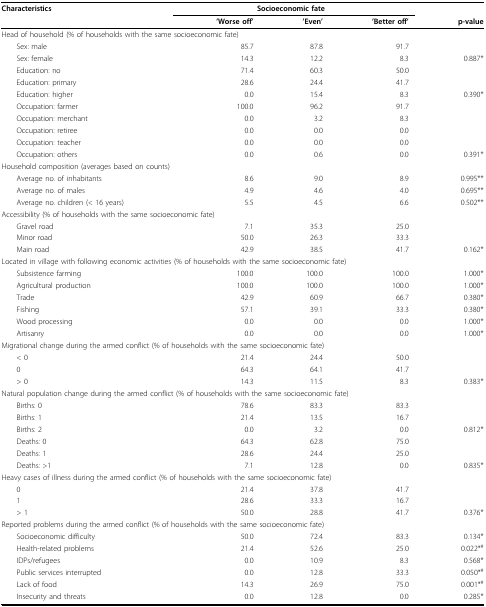
<table><thead><tr><td><b>Characteristics</b></td><td colspan="3"><b>Socioeconomic fate</b></td><td></td></tr><tr><td></td><td><b>&#x27;Worse off&#x27;</b></td><td><b>&#x27;Even&#x27;</b></td><td><b>&#x27;Better off&#x27;</b></td><td><b>p-value</b></td></tr></thead><tbody><tr><td colspan="5">Head of household (% of households with the same socioeconomic fate)</td></tr><tr><td> Sex: male</td><td>85.7</td><td>87.8</td><td>91.7</td><td></td></tr><tr><td> Sex: female</td><td>14.3</td><td>12.2</td><td>8.3</td><td>0.887*</td></tr><tr><td> Education: no</td><td>71.4</td><td>60.3</td><td>50.0</td><td></td></tr><tr><td> Education: primary</td><td>28.6</td><td>24.4</td><td>41.7</td><td></td></tr><tr><td> Education: higher</td><td>0.0</td><td>15.4</td><td>8.3</td><td>0.390*</td></tr><tr><td> Occupation: farmer</td><td>100.0</td><td>96.2</td><td>91.7</td><td></td></tr><tr><td> Occupation: merchant</td><td>0.0</td><td>3.2</td><td>8.3</td><td></td></tr><tr><td> Occupation: retiree</td><td>0.0</td><td>0.0</td><td>0.0</td><td></td></tr><tr><td> Occupation: teacher</td><td>0.0</td><td>0.0</td><td>0.0</td><td></td></tr><tr><td> Occupation: others</td><td>0.0</td><td>0.6</td><td>0.0</td><td>0.391*</td></tr><tr><td colspan="5">Household composition (averages based on counts)</td></tr><tr><td> Average no. of inhabitants</td><td>8.6</td><td>9.0</td><td>8.9</td><td>0.995**</td></tr><tr><td> Average no. of males</td><td>4.9</td><td>4.6</td><td>4.0</td><td>0.695**</td></tr><tr><td> Average no. children (&lt; 16 years)</td><td>5.5</td><td>4.5</td><td>6.6</td><td>0.502**</td></tr><tr><td colspan="5">Accessibility (% of households with the same socioeconomic fate)</td></tr><tr><td> Gravel road</td><td>7.1</td><td>35.3</td><td>25.0</td><td></td></tr><tr><td> Minor road</td><td>50.0</td><td>26.3</td><td>33.3</td><td></td></tr><tr><td> Main road</td><td>42.9</td><td>38.5</td><td>41.7</td><td>0.162*</td></tr><tr><td colspan="5">Located in village with following economic activities (% of households with the same socioeconomic fate)</td></tr><tr><td> Subsistence farming</td><td>100.0</td><td>100.0</td><td>100.0</td><td>1.000*</td></tr><tr><td> Agricultural production</td><td>100.0</td><td>100.0</td><td>100.0</td><td>1.000*</td></tr><tr><td> Trade</td><td>42.9</td><td>60.9</td><td>66.7</td><td>0.380*</td></tr><tr><td> Fishing</td><td>57.1</td><td>39.1</td><td>33.3</td><td>0.380*</td></tr><tr><td> Wood processing</td><td>0.0</td><td>0.0</td><td>0.0</td><td>1.000*</td></tr><tr><td> Artisanry</td><td>0.0</td><td>0.0</td><td>0.0</td><td>1.000*</td></tr><tr><td colspan="5">Migrational change during the armed conflict (% of households with the same socioeconomic fate)</td></tr><tr><td> &lt; 0</td><td>21.4</td><td>24.4</td><td>50.0</td><td></td></tr><tr><td> 0</td><td>64.3</td><td>64.1</td><td>41.7</td><td></td></tr><tr><td> &gt; 0</td><td>14.3</td><td>11.5</td><td>8.3</td><td>0.383*</td></tr><tr><td colspan="5">Natural population change during the armed conflict (% of households with the same socioeconomic fate)</td></tr><tr><td> Births: 0</td><td>78.6</td><td>83.3</td><td>83.3</td><td></td></tr><tr><td> Births: 1</td><td>21.4</td><td>13.5</td><td>16.7</td><td></td></tr><tr><td> Births: 2</td><td>0.0</td><td>3.2</td><td>0.0</td><td>0.812*</td></tr><tr><td> Deaths: 0</td><td>64.3</td><td>62.8</td><td>75.0</td><td></td></tr><tr><td> Deaths: 1</td><td>28.6</td><td>24.4</td><td>25.0</td><td></td></tr><tr><td> Deaths: &gt;1</td><td>7.1</td><td>12.8</td><td>0.0</td><td>0.835*</td></tr><tr><td colspan="5">Heavy cases of illness during the armed conflict (% of households with the same socioeconomic fate)</td></tr><tr><td> 0</td><td>21.4</td><td>37.8</td><td>41.7</td><td></td></tr><tr><td> 1</td><td>28.6</td><td>33.3</td><td>16.7</td><td></td></tr><tr><td> &gt; 1</td><td>50.0</td><td>28.8</td><td>41.7</td><td>0.376*</td></tr><tr><td colspan="5">Reported problems during the armed conflict (% of households with the same socioeconomic fate)</td></tr><tr><td> Socioeconomic difficulty</td><td>50.0</td><td>72.4</td><td>83.3</td><td>0.134*</td></tr><tr><td> Health-related problems</td><td>21.4</td><td>52.6</td><td>25.0</td><td>0.022*<sup>#</sup></td></tr><tr><td> IDPs/refugees</td><td>0.0</td><td>10.9</td><td>8.3</td><td>0.568*</td></tr><tr><td> Public services interrupted</td><td>0.0</td><td>12.8</td><td>33.3</td><td>0.050*<sup>#</sup></td></tr><tr><td> Lack of food</td><td>14.3</td><td>26.9</td><td>75.0</td><td>0.001*<sup>#</sup></td></tr><tr><td> Insecurity and threats</td><td>0.0</td><td>12.8</td><td>0.0</td><td>0.285*</td></tr></tbody></table>